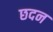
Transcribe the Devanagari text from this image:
छदन